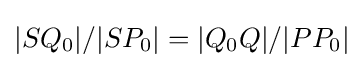
|SQ_{0}|/|SP_{0}|=|Q_{0}Q|/|PP_{0}|